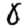
Digit: 8